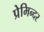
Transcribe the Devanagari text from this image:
प्रेमिन्दर